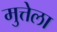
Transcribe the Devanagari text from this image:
मुत्तेला